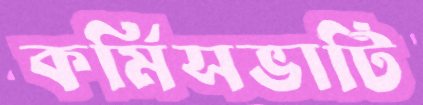
কর্মিসভাটি